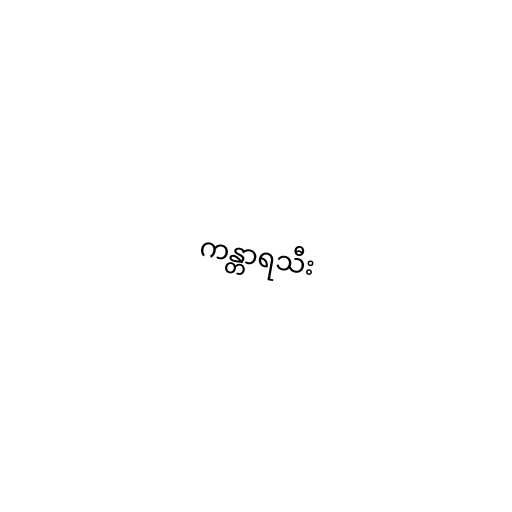
ကန္တာရသီး